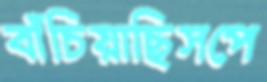
বাঁচিয়াছিসপে